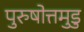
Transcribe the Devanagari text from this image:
पुरुषोत्तमुडु